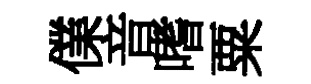
㒒音嗜粟